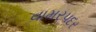
વામરપદર